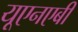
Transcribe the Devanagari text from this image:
यूएनएबी